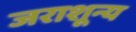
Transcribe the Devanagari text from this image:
जराशून्य